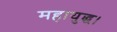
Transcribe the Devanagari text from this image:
महायुद्ध।